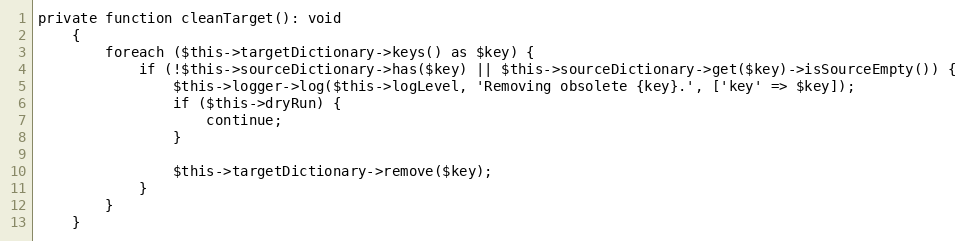
Language: PHP
private function cleanTarget(): void
    {
        foreach ($this->targetDictionary->keys() as $key) {
            if (!$this->sourceDictionary->has($key) || $this->sourceDictionary->get($key)->isSourceEmpty()) {
                $this->logger->log($this->logLevel, 'Removing obsolete {key}.', ['key' => $key]);
                if ($this->dryRun) {
                    continue;
                }

                $this->targetDictionary->remove($key);
            }
        }
    }